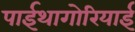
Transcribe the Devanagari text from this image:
पाईथागोरियाई